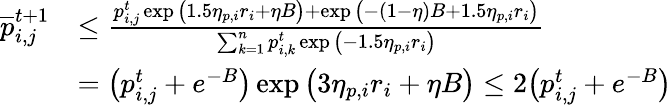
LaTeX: \begin{array}{rl}{\overline{{p}}_{i,j}^{t+1}}&{\le\frac{p_{i,j}^{t}\exp\big(1.5\eta_{p,i}r_{i}+\eta B\big)+\exp\big(-(1-\eta)B+1.5\eta_{p,i}r_{i}\big)}{\sum_{k=1}^{n}p_{i,k}^{t}\exp\big(-1.5\eta_{p,i}r_{i}\big)}}\\ &{=\big(p_{i,j}^{t}+e^{-B}\big)\exp\big(3\eta_{p,i}r_{i}+\eta B\big)\le 2\big(p_{i,j}^{t}+e^{-B}\big)}\end{array}